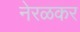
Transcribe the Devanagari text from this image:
नेरळकर